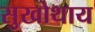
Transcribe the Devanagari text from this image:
सुखोथाय